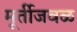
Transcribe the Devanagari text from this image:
मूर्तीजवळ